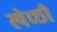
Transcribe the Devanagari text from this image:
स्पेच्छी